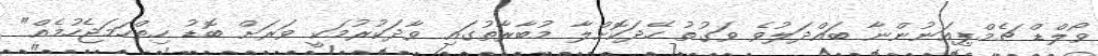
ވޯލްޑް ޗެމްޕިއަނުންނާ ބައްދަލުވެ ވަގުތު ހޭދަކޮށްލާ މުބާރާތުގައި ވާދަކުރުމަކީ ވަރަށް ބޮޑު ހިތްހަމަޖެހުމެއް"